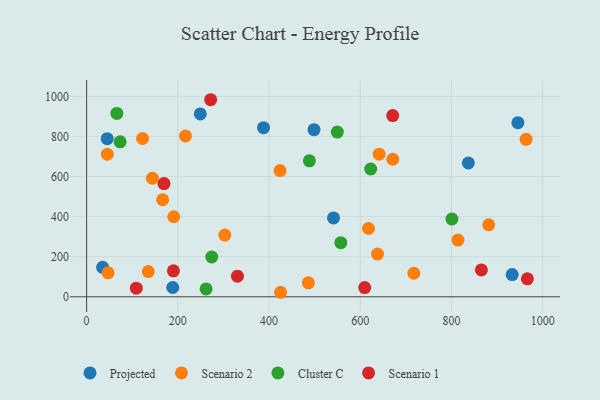
{"axis": {"x": "Engine Size", "y": "Profit"}, "legend": ["Cluster C", "Projected", "Scenario 1", "Scenario 2"], "data": [{"x": "932.9", "y": 111.0, "type": "Projected"}, {"x": "387.8", "y": 843.6, "type": "Projected"}, {"x": "249.2", "y": 912.3, "type": "Projected"}, {"x": "35.1", "y": 147.2, "type": "Projected"}, {"x": "541.2", "y": 393.2, "type": "Projected"}, {"x": "945.4", "y": 868.4, "type": "Projected"}, {"x": "45.2", "y": 788.5, "type": "Projected"}, {"x": "498.5", "y": 833.5, "type": "Projected"}, {"x": "188.8", "y": 46.5, "type": "Projected"}, {"x": "836.8", "y": 667.9, "type": "Projected"}, {"x": "717.3", "y": 117.4, "type": "Scenario 2"}, {"x": "166.7", "y": 484.1, "type": "Scenario 2"}, {"x": "425.1", "y": 22.6, "type": "Scenario 2"}, {"x": "191.1", "y": 399.4, "type": "Scenario 2"}, {"x": "617.9", "y": 340.8, "type": "Scenario 2"}, {"x": "637.7", "y": 213.0, "type": "Scenario 2"}, {"x": "486.1", "y": 69.6, "type": "Scenario 2"}, {"x": "641.3", "y": 711.3, "type": "Scenario 2"}, {"x": "424.0", "y": 629.4, "type": "Scenario 2"}, {"x": "47.1", "y": 119.7, "type": "Scenario 2"}, {"x": "216.7", "y": 802.4, "type": "Scenario 2"}, {"x": "122.6", "y": 789.7, "type": "Scenario 2"}, {"x": "302.9", "y": 307.9, "type": "Scenario 2"}, {"x": "135.2", "y": 125.7, "type": "Scenario 2"}, {"x": "881.4", "y": 359.2, "type": "Scenario 2"}, {"x": "963.4", "y": 785.4, "type": "Scenario 2"}, {"x": "144.2", "y": 591.3, "type": "Scenario 2"}, {"x": "814.0", "y": 282.9, "type": "Scenario 2"}, {"x": "671.1", "y": 686.2, "type": "Scenario 2"}, {"x": "45.3", "y": 711.1, "type": "Scenario 2"}, {"x": "274.3", "y": 198.6, "type": "Cluster C"}, {"x": "800.8", "y": 388.1, "type": "Cluster C"}, {"x": "73.5", "y": 773.2, "type": "Cluster C"}, {"x": "66.3", "y": 914.8, "type": "Cluster C"}, {"x": "488.3", "y": 678.0, "type": "Cluster C"}, {"x": "549.6", "y": 821.7, "type": "Cluster C"}, {"x": "622.7", "y": 637.4, "type": "Cluster C"}, {"x": "557.2", "y": 270.0, "type": "Cluster C"}, {"x": "261.9", "y": 39.1, "type": "Cluster C"}, {"x": "609.6", "y": 45.9, "type": "Scenario 1"}, {"x": "109.0", "y": 43.2, "type": "Scenario 1"}, {"x": "190.3", "y": 129.4, "type": "Scenario 1"}, {"x": "272.0", "y": 983.0, "type": "Scenario 1"}, {"x": "671.0", "y": 904.1, "type": "Scenario 1"}, {"x": "865.4", "y": 134.0, "type": "Scenario 1"}, {"x": "330.6", "y": 102.9, "type": "Scenario 1"}, {"x": "169.6", "y": 564.6, "type": "Scenario 1"}, {"x": "966.2", "y": 89.7, "type": "Scenario 1"}]}